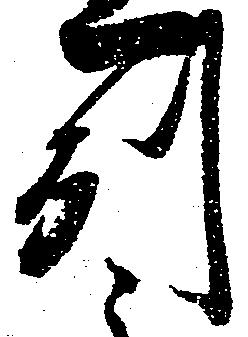
州